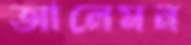
আলেমন